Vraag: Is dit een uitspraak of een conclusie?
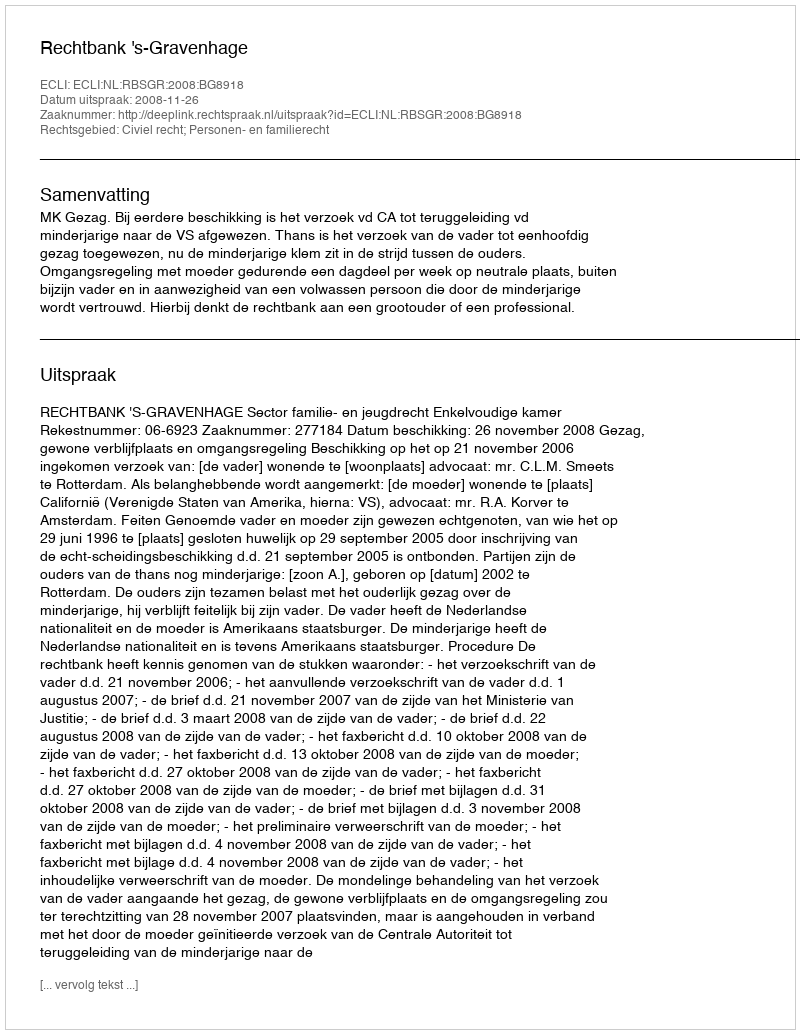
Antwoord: Uitspraak